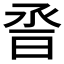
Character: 𰖆